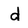
Character: d